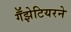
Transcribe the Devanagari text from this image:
गॕझेटियरने